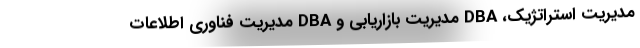
مدیریت استراتژیک، DBA مدیریت بازاریابی و DBA مدیریت فناوری اطلاعات